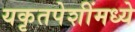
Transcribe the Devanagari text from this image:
यकृतपेशींमध्ये